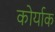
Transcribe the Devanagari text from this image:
कोर्याक